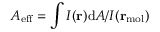
A _ { \mathrm { e f f } } = \int I ( \mathbf { r } ) \mathrm { d } A / I ( \mathbf { r } _ { \mathrm { m o l } } )